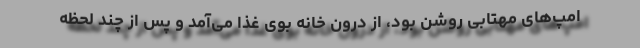
امپ‌های مهتابی روشن بود، از درون خانه بوی غذا می‌آمد و پس از چند لحظه